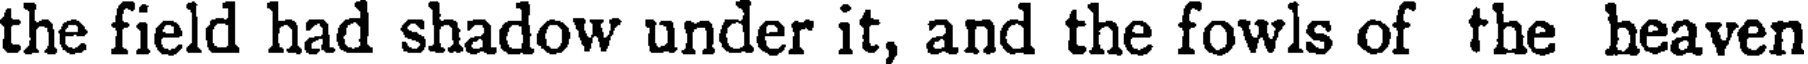
the field had shadow under it, and the fowls of the heaven